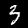
Label: 3